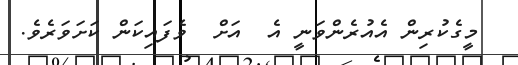
މީގެކުރިން އެއުރެންވަނީ އެ  އަށް  ވެފައިކަން ކަށަވަރެވެ.